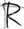
Text: R